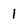
Character: 1